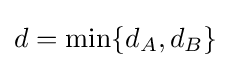
d=\min\{d_{A},d_{B}\}